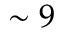
\sim 9